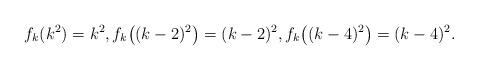
LaTeX: \begin{align*}f_k(k^2)=k^2, f_k\big((k-2)^2\big)=(k-2)^2, f_k\big((k-4)^2\big) = (k-4)^2.\end{align*}